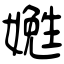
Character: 嬔